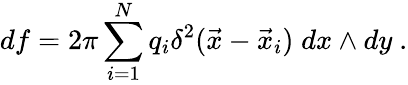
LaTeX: df=2\pi\sum_{i=1}^{N}q_{i}\delta^{2}(\vec{x}-\vec{x}_{i})\; dx\wedge dy~.